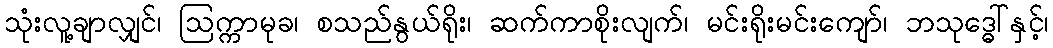
သုံးလူ့ချာလျှင်၊ ဩက္ကာမုခ၊ စသည်နွယ်ရိုး၊ ဆက်ကာစိုးလျက်၊ မင်းရိုးမင်းကျော်၊ ဘသုဒ္ဓေါ်နှင့်၊